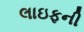
લાઇફની